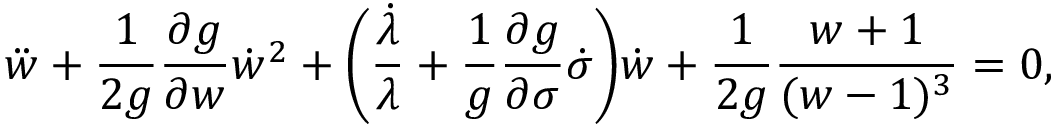
{ \ddot { w } } + \frac { 1 } { 2 g } \frac { \partial g } { \partial w } { \dot { w } } ^ { 2 } + \biggl ( \frac { \dot { \lambda } } { \lambda } + \frac { 1 } { g } \frac { \partial g } { \partial \sigma } \dot { \sigma } \biggr ) \dot { w } + \frac { 1 } { 2 g } \frac { w + 1 } { ( w - 1 ) ^ { 3 } } = 0 ,